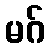
မဂ်